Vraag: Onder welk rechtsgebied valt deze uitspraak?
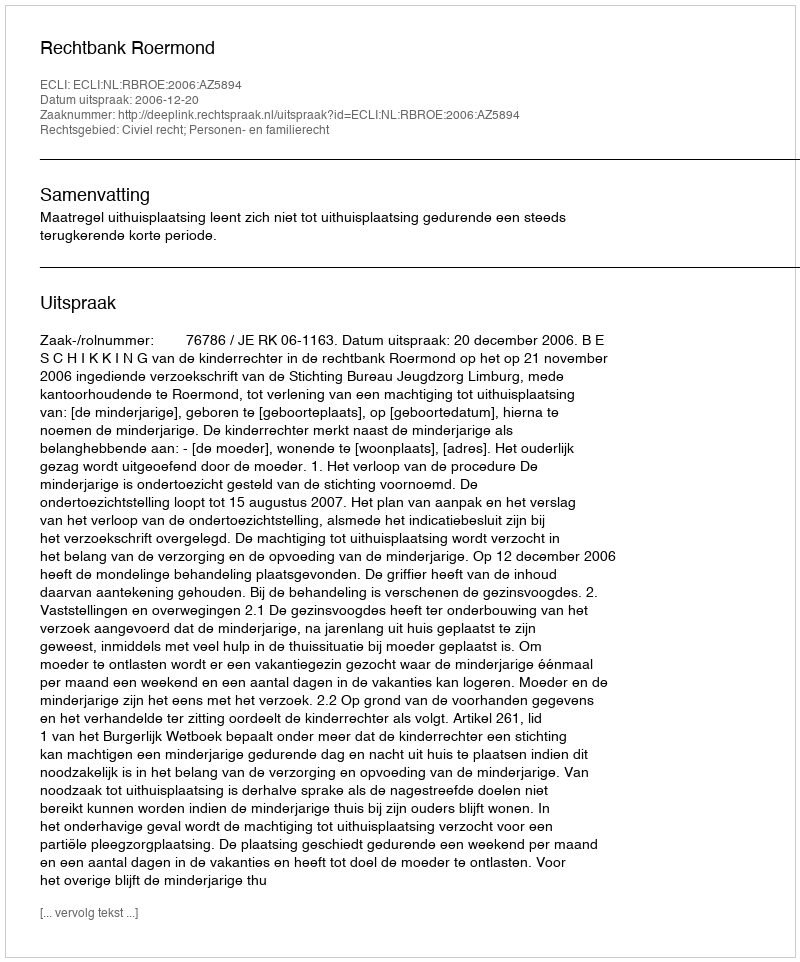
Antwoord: Civiel recht; Personen- en familierecht